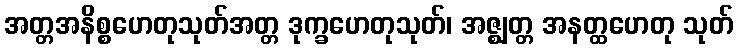
အတ္တအနိစ္စဟေတုသုတ်အတ္တ ဒုက္ခဟေတုသုတ်၊ အဇ္ဈတ္တ အနတ္ထဟေတု သုတ်